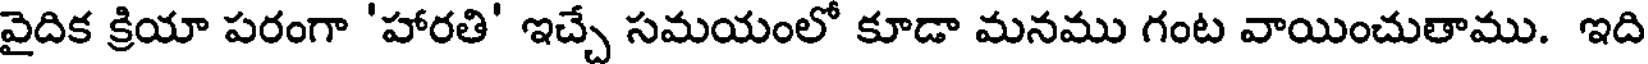
వైదిక క్రియా పరంగా 'హారతి' ఇచ్చే సమయంలో కూడా మనము గంట వాయించుతాము. ఇది